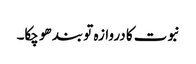
نبوت کا دروازہ تو بند ھو چکا۔